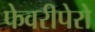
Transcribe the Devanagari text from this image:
फेवरीपेरो